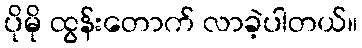
ပိုမို ထွန်းတောက် လာခဲ့ပါတယ်။